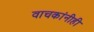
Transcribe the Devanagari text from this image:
वाचकांनीही